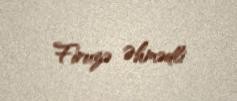
Firuzə Əhmədli